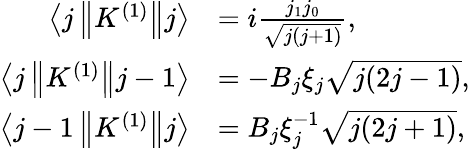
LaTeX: {\begin{array}{rl}{\left\langle j\left\| K^{(1)}\right\| j\right\rangle}&{=i{\frac{j_{1}j_{0}}{\sqrt{j(j+1)}}},}\\ {\left\langle j\left\| K^{(1)}\right\| j-1\right\rangle}&{=-B_{j}\xi_{j}{\sqrt{j(2j-1)}},}\\ {\left\langle j-1\left\| K^{(1)}\right\| j\right\rangle}&{=B_{j}\xi_{j}^{-1}{\sqrt{j(2j+1)}},}\end{array}}